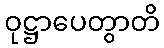
ဝုဋ္ဌာပေတွာတိ